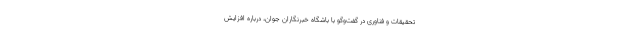
تحقیقات و فناوری در گفت‌وگو با باشگاه خبرنگاران جوان، درباره افزایش